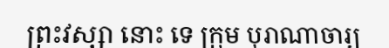
ព្រះវស្សា នោះ ទេ ក្រុម បុរាណាចារ្យ